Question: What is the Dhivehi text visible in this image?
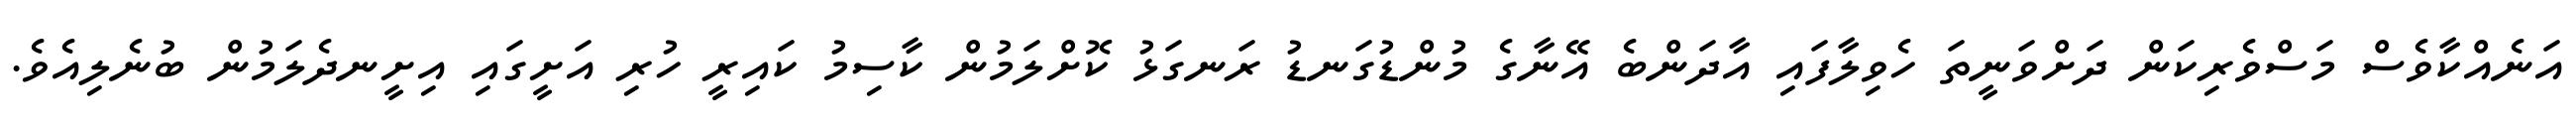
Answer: އަނެއްކާވެސް މަސްވެރިކަން ދަށްވަނީތަ ހެވިލާފައި އާދަންބެ އޭނާގެ މުންޑުގަނޑު ރަނގަޅު ކޮށްލަމުން ކާސިމު ކައިރީ ހުރި އަށީގައި އިށީނދެލަމުން ބުނެލިއެވެ.